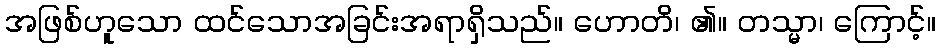
အဖြစ်ဟူသော ထင်သောအခြင်းအရာရှိသည်။ ဟောတိ၊ ၏။ တသ္မာ၊ ကြောင့်။